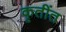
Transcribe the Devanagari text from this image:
कृतींत